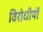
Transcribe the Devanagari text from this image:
विरोधीयों